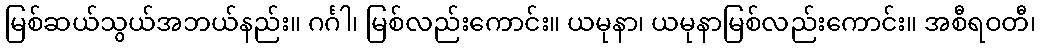
မြစ်ဆယ်သွယ်အဘယ်နည်း။ ဂင်္ဂါ၊ မြစ်လည်းကောင်း။ ယမုနာ၊ ယမုနာမြစ်လည်းကောင်း။ အစီရဝတီ၊